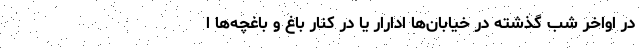
در اواخر شب گذشته در خیابان‌ها ادارار یا در کنار باغ و باغچه‌ها ا